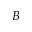
B